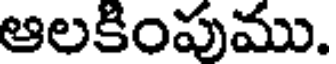
ఆలకింపుము.